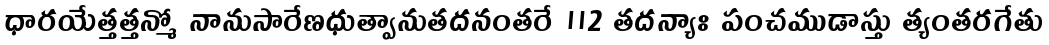
ధారయేత్తత్తన్మో నానుసారేణధుత్వానుతదనంతరే ॥2 తదన్యాః పంచముడాస్తు త్యంతరగేతు